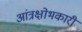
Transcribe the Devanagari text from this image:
आंत्रक्षोभकारी